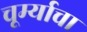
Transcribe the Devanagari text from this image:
चूर्म्याचा